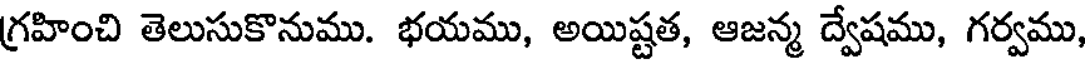
గ్రహించి తెలుసుకొనుము. భయము, అయిష్టత, ఆజన్మ ద్వేషము, గర్వము,